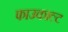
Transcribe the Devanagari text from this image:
फाउकाल्ट